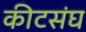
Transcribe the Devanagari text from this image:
कीटसंघ